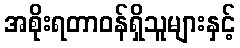
အစိုးရတာဝန်ရှိသူများနှင့်